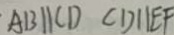
A B / / C D C D / / E F